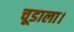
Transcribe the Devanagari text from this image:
चूडाला।